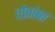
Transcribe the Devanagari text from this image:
तोतांबा